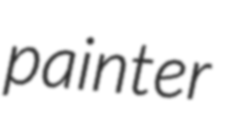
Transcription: painter